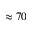
\approx 7 0